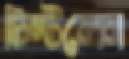
চিম্‌টলেন